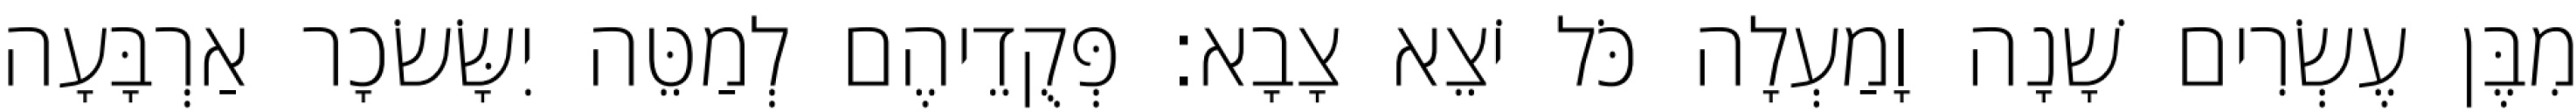
מִבֶּן עֶשְׂרִים שָׁנָה וָמַעְלָה כֹּל יֹצֵא צָבָא׃ פְּקֻדֵיהֶם לְמַטֵּה יִשָּׂשׂכָר אַרְבָּעָה